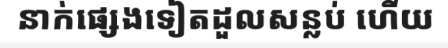
នាក់ផ្សេងទៀតដួលសន្លប់ ហើយ